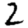
Digit: 2